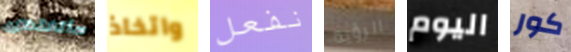
سأتخلص واتخاذ نفعل الرؤية اليوم كور